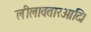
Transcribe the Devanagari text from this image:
लीलावतारआदि।